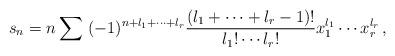
LaTeX: \begin{align*}s_n=n\sum \ (-1)^{n+l_1+\cdots+l_r} \frac{(l_1+\cdots+l_r-1)!}{l_1!\cdots l_r!} x_1^{l_1}\cdots x_r^{l_r}\,, \end{align*}